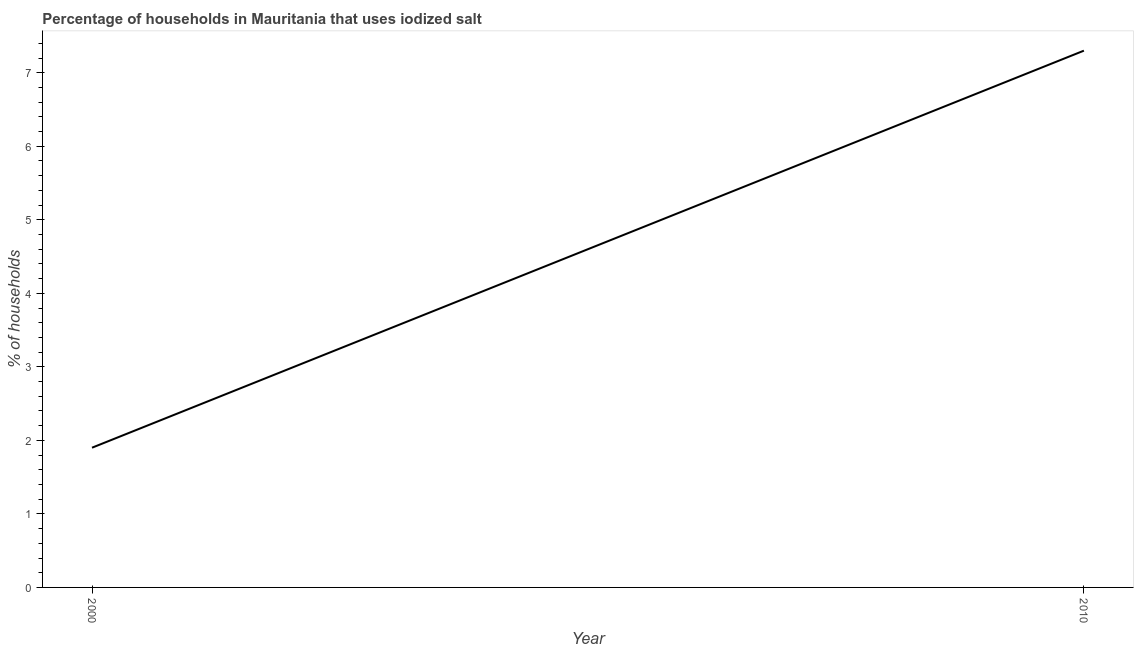
| Year | Consumption of iodized salt |
 | --- | --- |
 | 2000 | 1.9 |
 | 2010 | 7.3 |